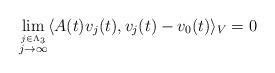
LaTeX: \begin{align*} \lim\limits_{\stackrel{j\in \Lambda_3}{j\rightarrow \infty}}\langle A(t)v_j(t),v_j(t)-v_0(t) \rangle_V = 0 \end{align*}